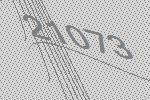
21073